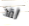
لقد